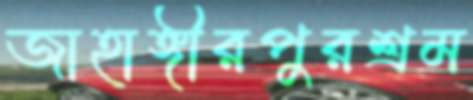
জাহাঙ্গীরপুরশ্রম